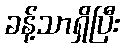
ခန့်သာရှိပြီး